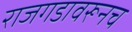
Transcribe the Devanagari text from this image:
राजगडावरूनच